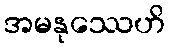
အမနုဿေဟိ